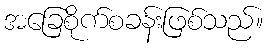
အခြေစိုက်စခန်းဖြစ်သည်။